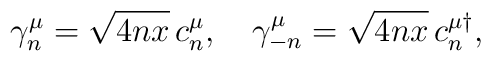
\gamma_n^\mu=\sqrt{4nx}\,c_n^\mu,~~~\gamma_{-n}^\mu=\sqrt{4nx}\,c_n^{\mu \dagger},